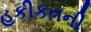
હકીકતની